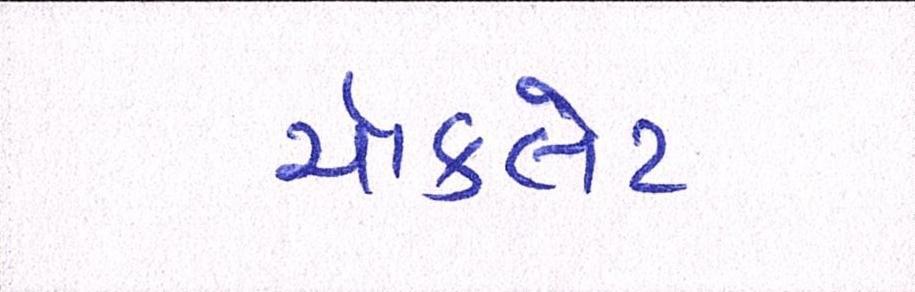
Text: ચૉકલેટ